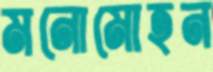
মনোমোহন